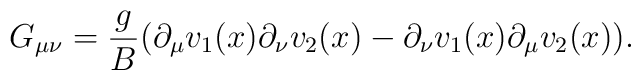
G_{\mu\nu}=\frac{g}{B}(\partial_{\mu}v_{1}(x)\partial_{\nu}v_{2}(x)-\partial_{\nu}v_{1}(x)\partial_{\mu}v_{2}(x)).